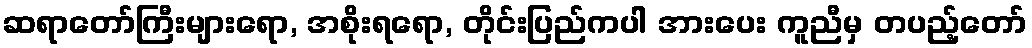
ဆရာတော်ကြီးများရော, အစိုးရရော, တိုင်းပြည်ကပါ အားပေး ကူညီမှ တပည့်တော်